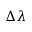
\Delta \lambda